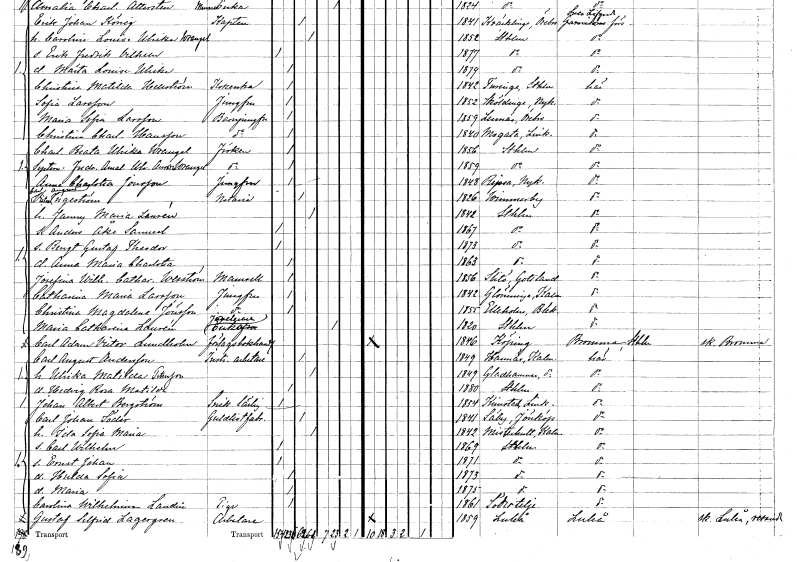
gt_parse: households: individuals: FN: Charlotta Beata Ulrika
EN: Wrangel
KON: K
CIV: O
FODAR: 1856
FODFORS: Stockholm
FN: Fredrika Amalia Ulrika Aurora
EN: Wrangel
KON: K
CIV: O
FODAR: 1859
FODFORS: Stockholm
FN: Anna Charlotta
EN: Jonsson
YRKE: Jungfru
KON: K
CIV: O
FODAR: 1848
FODFORS: Ripsa Södermanlands län
FN: Carl Victor August
EN: Ingeström
YRKE: Notarie
KON: M
CIV: G
FODAR: 1826
FODFORS: Vimmerby Kalmar län
FN: Fanny Maria
EN: Laurén
KON: K
CIV: G
FODAR: 1842
FODFORS: Stockholm
FN: Anders Åke Samuel
KON: M
CIV: O
FODAR: 1867
FODFORS: Stockholm
FN: Bengt Gustaf Theodor
KON: M
CIV: O
FODAR: 1873
FODFORS: Stockholm
FN: Anna Maria Charlotta
KON: K
CIV: O
FODAR: 1863
FODFORS: Stockholm
FN: Josefina Wilhelmina Catharina
EN: Wesström
KON: K
CIV: O
FODAR: 1856
FODFORS: Othem Gotlands län
FN: Catharina Maria
EN: Larsson
YRKE: Jungfru
KON: K
CIV: O
FODAR: 1842
FODFORS: Glömminge Kalmar län
FN: Christina Magdalena
EN: Jönsson
YRKE: Jungfru
KON: K
CIV: O
FODAR: 1855
FODFORS: Elleholm Blekinge län
FN: Maria Catharina
EN: Laurén
YRKE: Juvelerareänka
KON: K
CIV: E
FODAR: 1820
FODFORS: Stockholm
FN: Carl Adam Victor
EN: Lundholm
YRKE: Förlagsbokhandlare
KON: M
CIV: O
FODAR: 1846
FODFORS: Köping Västmanlands län
FN: Carl August
EN: Andersson
YRKE: Instrumentarbetare
KON: M
CIV: G
FODAR: 1849
FODFORS: Hannäs Östergötlands län
FN: Ulrika Matilda
EN: Petersson
KON: K
CIV: G
FODAR: 1849
FODFORS: Gladhammar Kalmar län
FN: Hedvig Rosa Matilda
KON: K
CIV: O
FODAR: 1880
FODFORS: Stockholm
FN: Johan Albert
EN: Bergström
YRKE: Snickarelärling
KON: M
CIV: O
FODAR: 1854
FODFORS: Kimstad Östergötlands län
FN: Carl Johan
EN: Söder
YRKE: Guldlistfabrikör
KON: M
CIV: G
FODAR: 1841
FODFORS: Säby Jönköpings län
FN: Ida Sofia Maria
KON: K
CIV: G
FODAR: 1842
FODFORS: Misterhult Kalmar län
FN: Carl Wilhelm
KON: M
CIV: O
FODAR: 1869
FODFORS: Stockholm
FN: Ernst Johan
KON: M
CIV: O
FODAR: 1871
FODFORS: Stockholm
FN: Hulda Sofia
KON: K
CIV: O
FODAR: 1873
FODFORS: Stockholm
FN: Maria
KON: K
CIV: O
FODAR: 1875
FODFORS: Stockholm
FN: Carolina Wilhelmina
EN: Landin
YRKE: Piga
KON: K
CIV: O
FODAR: 1861
FODFORS: Södertälje Stockholms län
FN: Gustaf Sigfrid
EN: Lagergren
YRKE: Arbetare
KON: M
CIV: O
FODAR: 1859
FODFORS: Luleå Norrbottens län